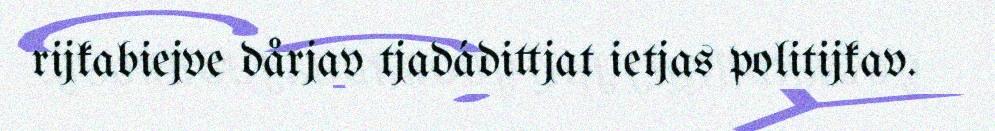
rijkabiejve dårjav tjadádittjat ietjas politijkav.